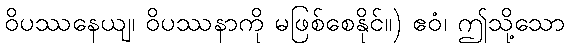
ဝိပဿနေယျ၊ ဝိပဿနာကို မဖြစ်စေနိုင်။) ဧဝံ၊ ဤသို့သော